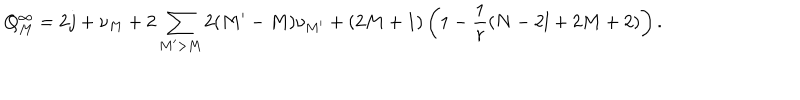
LaTeX: Q _ { M } ^ { \infty } = 2 j + \nu _ { M } + 2 \sum _ { M ^ { \prime } > M } 2 ( M ^ { \prime } - M ) \nu _ { M ^ { \prime } } + ( 2 M + 1 ) \left( 1 - \frac { 1 } { r } ( N - 2 l + 2 M + 2 ) \right) .